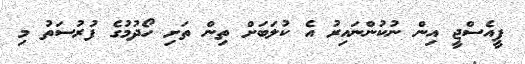
ޕީއެސްޖީ އިން ނުކުންނައިރު އެ ކުލަބަށް ތިން ތަށި ހޯދުމުގެ ފުރުސަތު މި